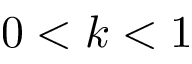
0 < k < 1